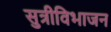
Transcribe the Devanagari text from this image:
सुत्रीविभाजन